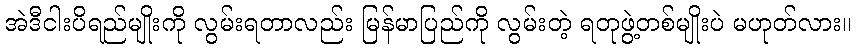
အဲဒီငါးပိရည်မျိုးကို လွမ်းရတာလည်း မြန်မာပြည်ကို လွမ်းတဲ့ ရတုဖွဲ့တစ်မျိုးပဲ မဟုတ်လား။